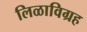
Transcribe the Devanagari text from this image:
लिळाविग्रह